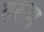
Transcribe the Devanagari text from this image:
तरूण